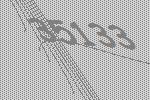
35133